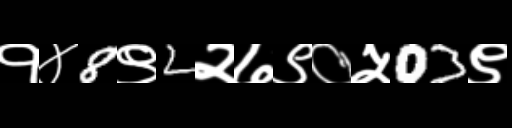
Text: १४8९2२७९०५03९